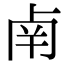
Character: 𠧲